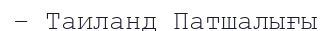
– Таиланд Патшалығы